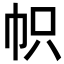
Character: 帜